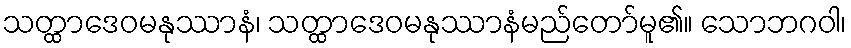
သတ္ထာဒေဝမနုဿာနံ၊ သတ္ထာဒေဝမနုဿာနံမည်တော်မူ၏။ သောဘဂဝါ၊